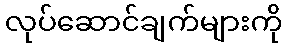
လုပ်ဆောင်ချက်များကို